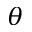
\theta